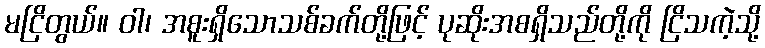
မငြိတွယ်။ ဝါ၊ အစူးရှိသောသစ်ခက်တို့ဖြင့် ပုဆိုးအစရှိသည်တို့ကို ငြိသကဲ့သို့